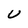
Character: U